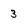
Character: 3